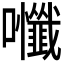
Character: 𭍃